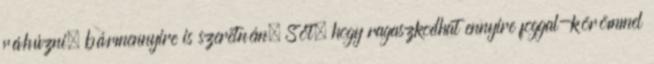
ráhúzni, bármennyire is szeretném. Sőt, hogy ragaszkodhat ennyire foggal-körömmel